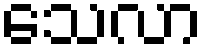
သေလာ